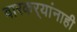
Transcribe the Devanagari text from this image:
वारकर्‍यांनाही